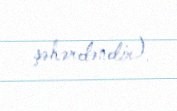
şəhərdəndir).